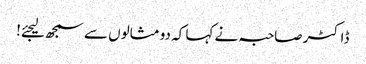
ڈاکٹر صاحبہ نے کہا کہ دو مثالوں سے سمجھ لیجئے!